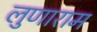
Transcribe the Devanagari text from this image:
लुणाराम